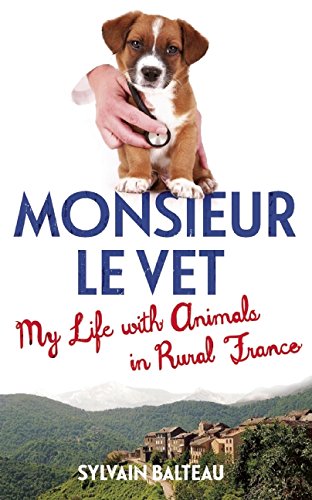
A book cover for Monsieur Le Vet: My Life with Animals in Rural France; Sylvain Balteau; Travel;